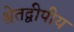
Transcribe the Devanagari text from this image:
श्वेतद्वीपीय